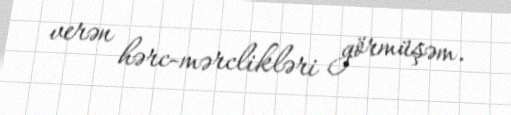
verən hərc-mərclikləri görmüşəm.